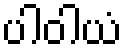
ပါဝါယံ